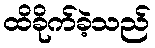
ထိခိုက်ခဲ့သည်